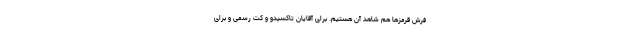
فرش قرمزها هم شاهد آن هستیم. برای آقایان تاکسیدو و کت رسمی و برای